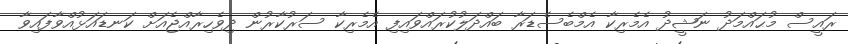
ރައީސް މުޙައްމަދު ނަޝީދު އެމެރިކާ އެމްބެސެޑަރާ ބައްދަލުކުރައްވައިފި އެމެރިކާ ސަރުކާރުން ދިވެހިރާއްޖެއަށް ކަނޑައަޅުއްވާފައިވާ